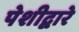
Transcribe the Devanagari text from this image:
पेशीद्वारे